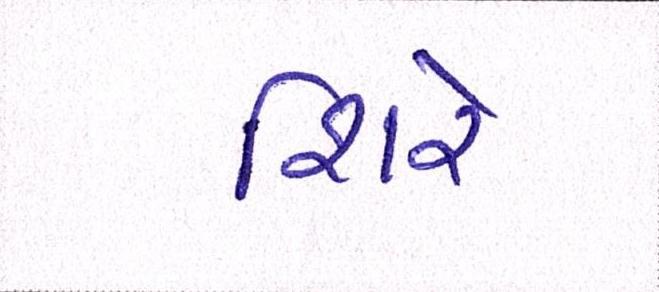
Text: શિરે